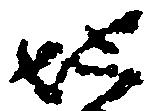
地